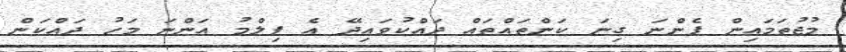
މުޖުތަމައިން ފެންނަ ގިނަ ކަންތައްތައް ދައްކުވައިދޭ އެ ފިލްމު އަންނަ މަހު ދައްކަން